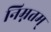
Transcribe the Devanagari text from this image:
निम्नतम्